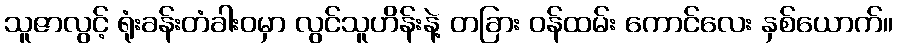
သူဇာလွင့် ရုံးခန်းတံခါးဝမှာ လွင်သူဟိန်းနဲ့ တခြား ဝန်ထမ်း ကောင်လေး နှစ်ယောက်။